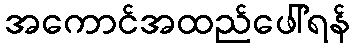
အကောင်အထည်ဖေါ်ရန်